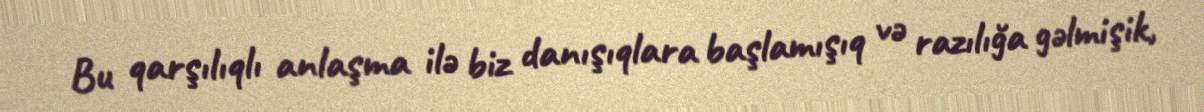
Bu qarşılıqlı anlaşma ilə biz danışıqlara başlamışıq və razılığa gəlmişik,